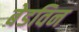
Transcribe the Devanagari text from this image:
बेडविन